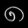
Digit: ၈